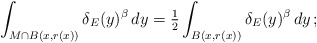
\begin{align*}\int_{M\cap B(x,r(x))}\delta_E(y)^\beta\,dy = \tfrac 12 \int_{B(x,r(x))} \delta_E(y)^\beta\,dy\,;\end{align*}